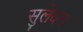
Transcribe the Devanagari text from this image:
सुलेवन